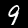
Digit: 9